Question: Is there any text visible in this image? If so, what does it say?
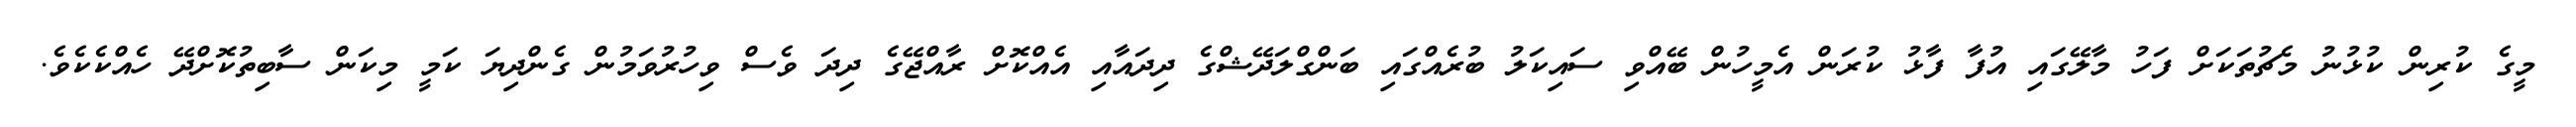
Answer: މީގެ ކުރިން ކުޅުނު މެޗުތަކަށް ފަހު މާލޭގައި އުފާ ފާޅު ކުރަން އެމީހުން ބޭއްވި ސައިކަލު ބުރެއްގައި ބަންގްލަދޭޝްގެ ދިދައާއި އެއްކޮށް ރާއްޖޭގެ ދިދަ ވެސް ވިހުރުވަމުން ގެންދިޔަ ކަމީ މިކަން ސާބިތުކޮށްދޭ ހެއްކެކެވެ.